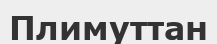
Плимуттан